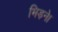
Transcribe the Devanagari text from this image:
भिड़ने।